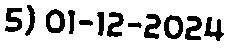
5) 01-12-2024